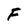
Character: F